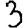
Digit: 3